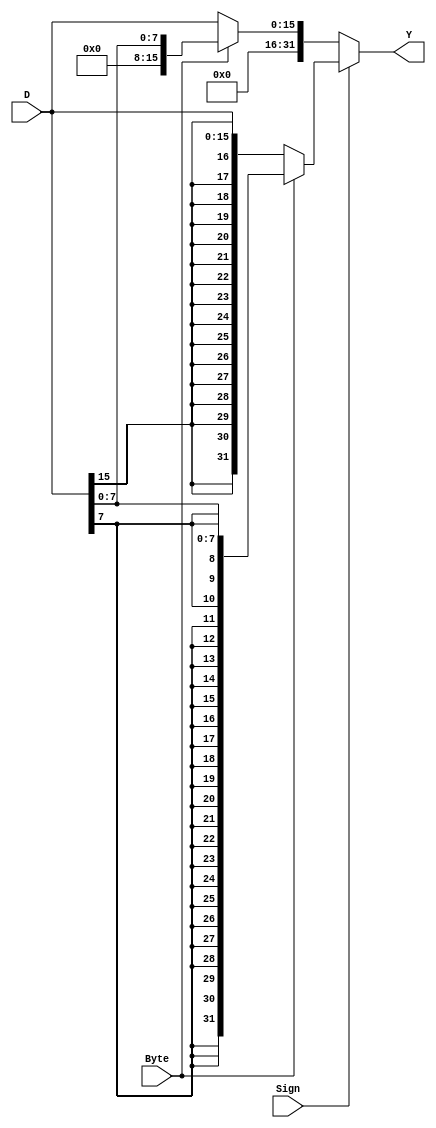
// Module name: extender
// Module Desc: extends an input value to 32 bits
// Inputs: 
//		D - 16 bit number to extend
//		Sign - extends number as a signed value if 1, unsigned if 0
//		Byte - extends D as 8 bit input if 1 (bits 7:0), as 16 bit if 0
// Outputs: Y - 32 bit extended output
// Internal parameters: none
// Function: signed/unsigned extension of 1 or 2 byte input

module extender(
D,
Sign,
Byte,
Y
);

input [15:0] D;
input Sign, Byte;
output [31:0] Y;
wire [15:0] D;
wire Sign, Byte;
wire [31:0] Y;

assign Y = Sign ? (Byte ?{ {24{D[7]}},D[7:0]}:{{16{D[15]}},D[15:0]}):(Byte?{24'b0,D[7:0]}:{16'b0,D[15:0]});

endmodule